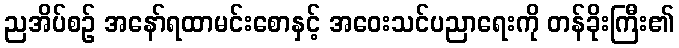
ညအိပ်စဉ် အနော်ရထာမင်းစောနှင့် အဝေးသင်ပညာရေးကို တန်ခိုးကြီး၏